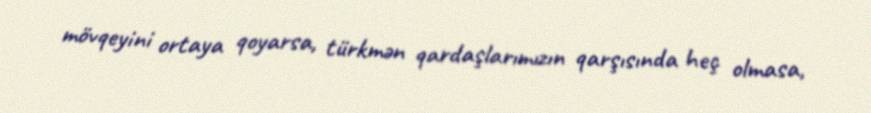
mövqeyini ortaya qoyarsa, türkmən qardaşlarımızın qarşısında heç olmasa,